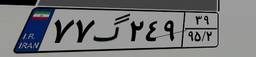
۷۷گ۲۴۹۳۹